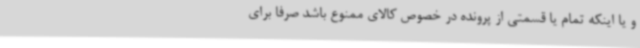
و یا اینکه تمام یا قسمتی از پرونده در خصوص کالای ممنوع باشد صرفا برای